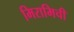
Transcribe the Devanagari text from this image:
मिरामिची